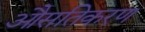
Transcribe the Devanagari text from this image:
औसतिकरण